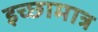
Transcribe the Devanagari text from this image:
इच्छामात्र